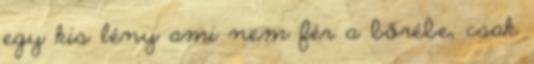
egy kis lény ami nem fér a bőrébe, csak